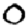
Digit: 0